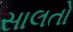
સાલતો